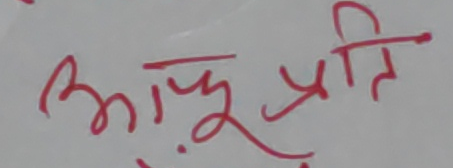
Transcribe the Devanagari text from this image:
आफु प्रति